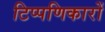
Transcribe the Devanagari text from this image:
टिप्पणिकारों